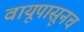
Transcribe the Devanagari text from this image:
वायूपासूनच